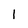
Character: l